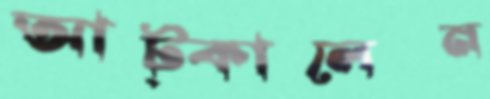
আট্‌কালেন